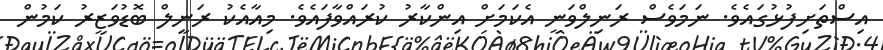
އިސްތަށިފުޅުގައެވެ. ނަމަވެސް ރަނިލްވަނީ އެކަމަށް އިންކާރު ކުރައްވާފައެވެ. މިއާއެކު ރަނިލް ބޮޑުވަޒީރު ކަމުން